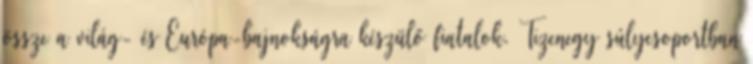
össze a világ- és Európa-bajnokságra készülő fiatalok. Tizenegy súlycsoportban